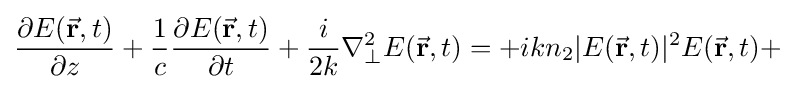
{\frac {\partial {{E}({\vec {\mathbf {r} }},t)}}{\partial z}}+{\frac {1}{c}}{\frac {\partial {{E}({\vec {\mathbf {r} }},t)}}{\partial t}}+{\frac {i}{2k}}\nabla _{\bot }^{2}E({\vec {\mathbf {r} }},t)=+ikn_{2}|E({\vec {\mathbf {r} }},t)|^{2}{{E}({\vec {\mathbf {r} }},t)}+